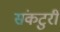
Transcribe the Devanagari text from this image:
संकटुरी